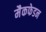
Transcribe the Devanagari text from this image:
मैकफेडन